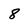
Character: 8